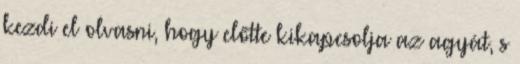
kezdi el olvasni, hogy előtte kikapcsolja az agyát, s